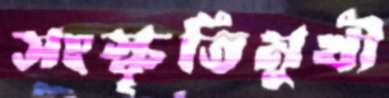
সংস্কৃতিমুখী